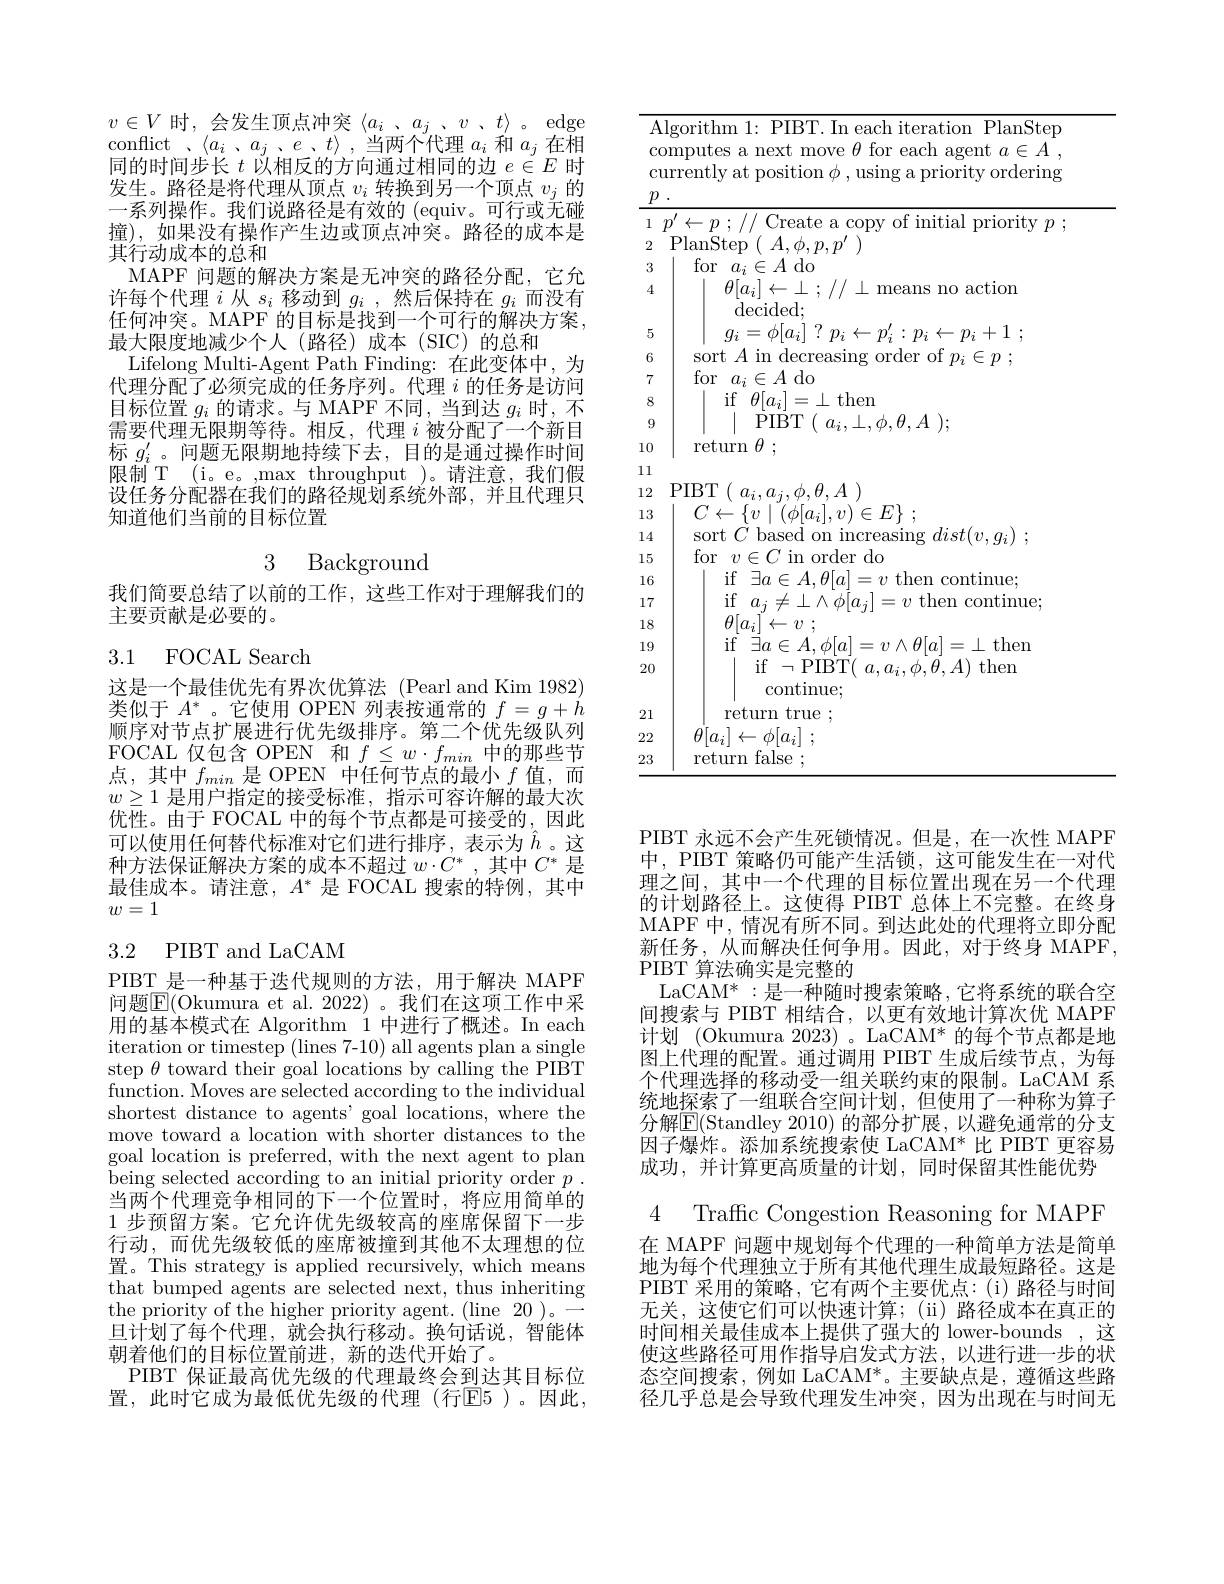
$v\in V$时，会发生顶点冲突$\langle a_i$ 、$a_j$、$v$、$t\rangle$。edge conflict 、$\langle a_i$ $、 a_j$ $、 e$ $、 t\rangle$ ,当两个代理$a_i$和$a_j$在相同的时间步长$t$以相反的方向通过相同的边$e\in E$时发生。路径是将代理从顶点$v_i$转换到另一个顶点$v_j$的一系列操作。我们说路径是有效的 (equiv。可行或无碰撞),如果没有操作产生边或顶点冲突。路径的成本是其行动成本的总和
MAPF 问题的解决方案是无冲突的路径分配，它允许每个代理$i$从$s_i$移动到$g_i$ ,然后保持在$g_i$而没有任何冲突。MAPF 的目标是找到一个可行的解决方案， 最大限度地减少个人(路径)成本(SIC)的总和
Lifelong Multi-Agent Path Finding: 在此变体中，为代理分配了必须完成的任务序列。代理$i$的任务是访问$\begin{array}{l}\text{目标位置 }g_{i}\text{ 的请求。与 MAPF 不同 ,当到达 }g_{i}\text{ 时，不}\\\text{需要代理无限期等待。相反 , 代理 }i\text{ 被分配了一个新目}\end{array}$ 标$g_i^{\prime}$。问题无限期地持续下去，目的是通过操作时间限制 T (i。e。,max throughput )。请注意，我们假设任务分配器在我们的路径规划系统外部，并且代理只知道他们当前的目标位置

我们简要总结了以前的工作，这些工作对于理解我们的
主要贡献是必要的。

## 3.1 FOCAL Search

这是一个最佳优先有界次优算法 (Pearl and Kim 1982) 类似于$A^*$ 。它使用 OPEN 列表按通常的$f=g+h$ 顺序对节点扩展进行优先级排序。第二个优先级队列$\begin{array}{l}{\mathrm{FOCAL~仅包含~OPEN~和~}f\leq w\cdot f_{min}\text{ 中的那些节}}\\{\text{点，其中 }f_{min}\text{ 是 OPEN 中任何节点的最小 }f\text{ 值，而}}\end{array}$ $w\geq1$是用户指定的接受标准，指示可容许解的最大次优性。由于 FOCAL 中的每个节点都是可接受的，因此可以使用任何替代标准对它们进行排序，表示为$\hat{h}$。这种方法保证解决方案的成本不超过$w\cdot C^*$,其中$C^*$是最佳成本。请注意，$A^*$是 FOCAL 搜索的特例，其中$w=1$

## 3.2 PIBT and LaCAM

PIBT 是一种基于迭代规则的方法，用于解决 MAPF 问题$\overline{\mathrm{E}}($Okumura et al. 2022)。我们在这项工作中采用的基本模式在 Algorithm 1 中进行了概述。In each iteration or timestep (lines 7-10) all agents plan a single step $\theta$ toward their goal locations by calling the PIBT $\dot{\text{function. Moves are selected according to the individual}}$ shortest distance to agents' goal locations, where the move toward a location with shorter distances to the goal location is preferred, with the next agent to plan being selected according to an initial priority order $p.$ 当两个代理竞争相同的下一个位置时，将应用简单的1 步预留方案。它允许优先级较高的座席保留下一步行动，而优先级较低的座席被撞到其他不太理想的位置。This strategy is applied recursively, which means that bumped agents are selected next, thus inheriting the priority of the higher priority agent. (line 20)。一旦计划了每个代理，就会执行移动。换句话说，智能体朝着他们的目标位置前进，新的迭代开始了。
PIBT 保证最高优先级的代理最终会到达其目标位置，此时它成为最低优先级的代理(行E5)。因此，

${\mathrm{Algorithm~1:~PIBT.~In~each~iteration~PlanStep}}$ computes a next move $\theta$ for each agent $a\in A$ , currently at position $\phi$, using a priority ordering $\underline {p}$ $\underline {p}$ .
$\begin{array}{l}{1}&{p^{\prime}\leftarrow p\:;\:/\:/\:\mathrm{Create~a~copy~of~initial~priority~}p\:;}\\{2}&{\mathrm{PlanStep~}\:(\:A,\phi,p,p^{\prime}\:)}\end{array}$
3
for $a_i\in A$ do
4
$\begin{array}{c}\theta[a_i]\leftarrow\perp;\://\:\perp\:\text{means no actiom}\\\mathrm{decided;}\end{array}$
5
$g_{i}= \phi [ a_{i}]$ ? $p_{i}\leftarrow p_{i}^{\prime }: p_{i}\leftarrow p_{i}+ 1$ ;
6
sort $A$ in decreasing order of $p_i\in p$ ;
7
for $a_i\in A$ do
if$\theta[a_{i}]=\perp$then
8
 $\dot{\mathrm{PIBT}} ($ $a_{i}, \bot , \phi , \theta , A$ );
910
return $\theta$ ;
11
12 PIBT$(a_i,a_j,\phi,\theta,A)$
$\begin{array}{l|l}13&&C\leftarrow\{v\mid(\phi[a_{i}],v)^{\prime}\in E\}\:;\\14&&\text{sort }C\text{ based on increasing }dist(v,g_{i})\:;\end{array}$
15
for $v\in C$ in order do
16
if $\exists a\in A, \theta [ a] = v$ then continue;
17
$\operatorname*{if}_{0[-1]}a_{j}\neq\perp\wedge\phi[a_{j}]=v$ then continue;
18
$\theta [ a_{\underline {i}}] ^{^{\prime }}\leftarrow v$ ;
19
$\begin{array}{ll}{\mathrm{if}}&{\exists a\in A,\phi[a]=v\wedge\theta[a]=\perp\mathrm{~then}}\\{\left|\begin{array}{ll}{\mathrm{if}}&{\neg\mathrm{PIBT}(~a,a_{i},\phi,\theta,A)~\mathrm{then}}\\{\mathrm{continue;}}\end{array}\right|}\end{array}$
20
return true ;
21
$\theta [ a_{i}] \leftarrow \phi [ a_{i}]$ ;
2223
return false ;

PIBT 永远不会产生死锁情况。但是，在一次性 MAPF 中，PIBT 策略仍可能产生活锁，这可能发生在一对代理之间，其中一个代理的目标位置出现在另一个代理的计划路径上。这使得 PIBT 总体上不完整。在终身MAPF 中，情况有所不同。到达此处的代理将立即分配新任务，从而解决任何争用。因此，对于终身 MAPF, PIBT 算法确实是完整的
LaCAM$^*:$是一种随时搜索策略，它将系统的联合空间搜索与 PIBT 相结合，以更有效地计算次优 MAPF 计划 (Okumura 2023)。LaCAM* 的每个节点都是地图上代理的配置。通过调用 PIBT 生成后续节点，为每个代理选择的移动受一组关联约束的限制。LaCAM 系统地探索了一组联合空间计划，但使用了一种称为算子分解$\overline{\mathrm{E}}($Standley 2010)的部分扩展，以避免通常的分支因子爆炸。添加系统搜索使 LaCAM* 比 PIBT 更容易成功，并计算更高质量的计划，同时保留其性能优势

4 Traffic Congestion Reasoning for MAPF

在 MAPF 问题中规划每个代理的一种简单方法是简单地为每个代理独立于所有其他代理生成最短路径。这是PIBT 采用的策略，它有两个主要优点：(i)路径与时间无关，这使它们可以快速计算；(ii)路径成本在真正的时间相关最佳成本上提供了强大的 lower-bounds,这使这些路径可用作指导启发式方法，以进行进一步的状态空间搜索，例如 LaCAM*。主要缺点是，遵循这些路径几乎总是会导致代理发生冲突，因为出现在与时间无